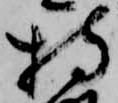
持